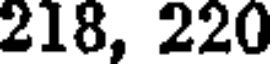
218, 220